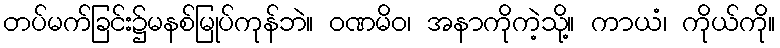
တပ်မက်ခြင်း၌မနစ်မြုပ်ကုန်ဘဲ။ ဝဏမိဝ၊ အနာကိုကဲ့သို့။ ကာယံ၊ ကိုယ်ကို။